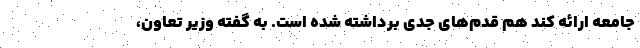
جامعه ارائه کند هم قدم‌های جدی برداشته شده است. به گفته وزیر تعاون،